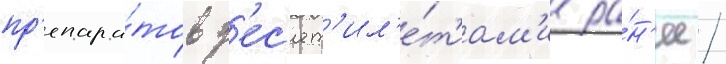
пр'епара́тов д'ес'ят'ил'е́т'иам'и ра́н'ее /